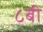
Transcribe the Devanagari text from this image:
८बी